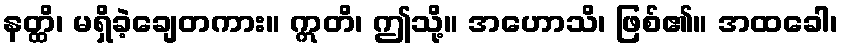
နတ္ထိ၊ မရှိခဲ့ချေတကား။ ဣတိ၊ ဤသို့။ အဟောသိ၊ ဖြစ်၏။ အထခေါ၊